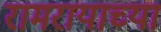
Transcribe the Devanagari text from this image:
रामरायाच्या